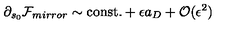
\partial _ { s _ { 0 } } { \cal F } _ { m i r r o r } \sim \mathrm { c o n s t . } + \epsilon a _ { D } + { \cal O } ( \epsilon ^ { 2 } )